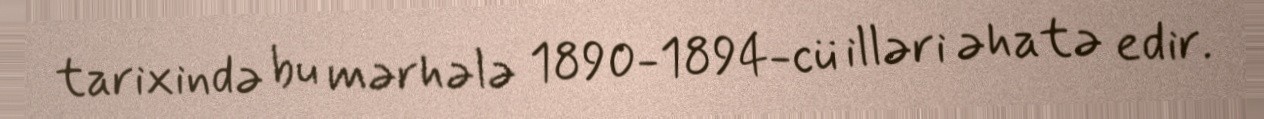
tarixində bu mərhələ 1890-1894-cü illəri əhatə edir.